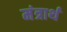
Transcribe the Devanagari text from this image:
मंत्रार्थ